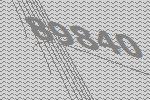
89840